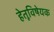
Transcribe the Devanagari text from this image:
हेतूविषेयक